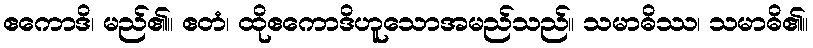
ဧကောဒိ၊ မည်၏။ ဧတံ၊ ထိုဧကောဒိဟူသောအမည်သည်။ သမာဓိဿ၊ သမာဓိ၏။